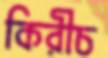
কিরীচ